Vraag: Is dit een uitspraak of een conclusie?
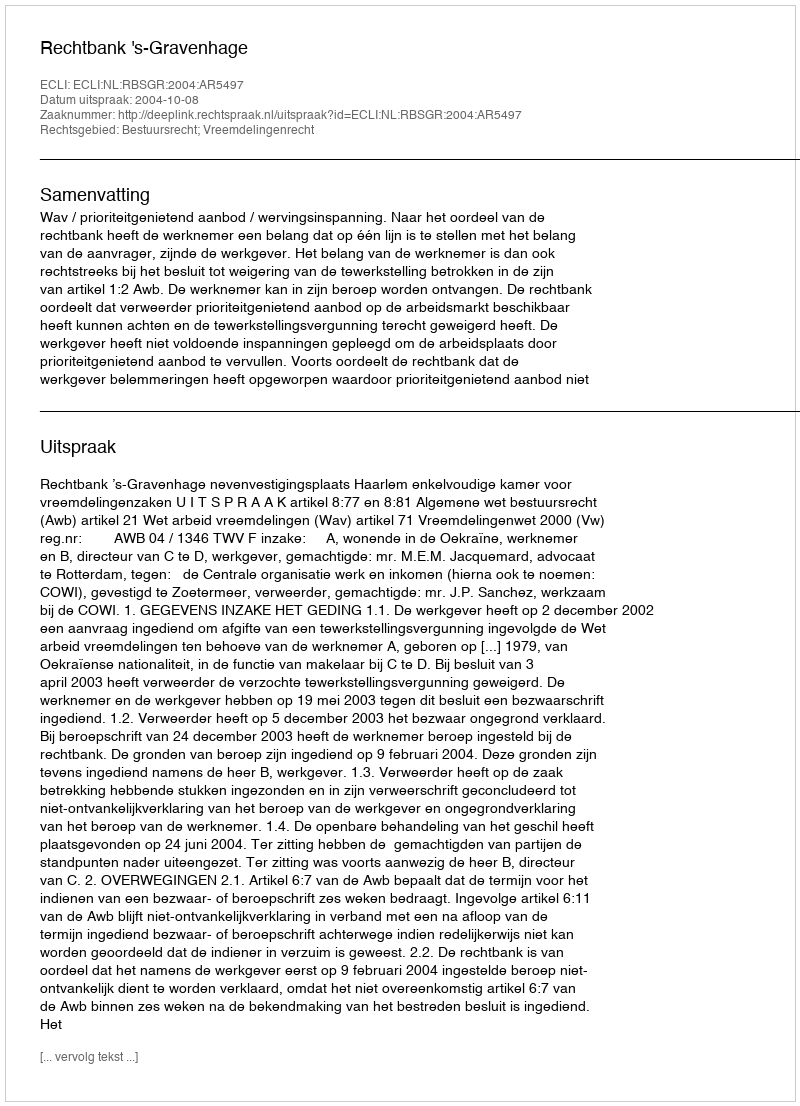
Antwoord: Uitspraak